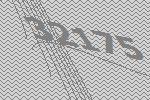
32175